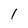
Character: I